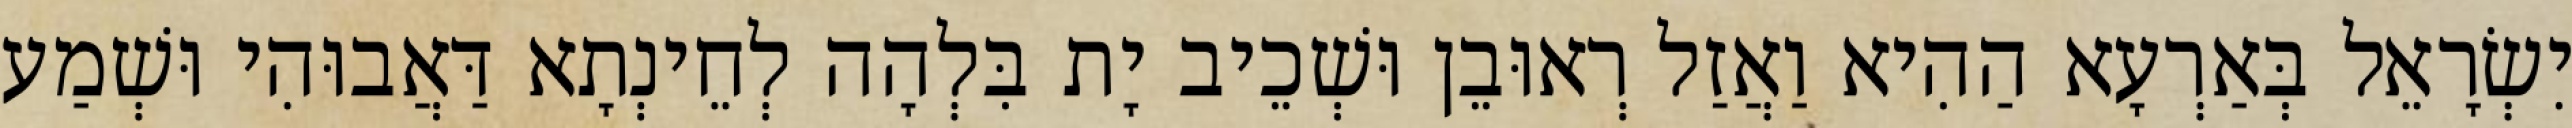
יִשְׂרָאֵל בְּאַרְעָא הַהִיא וַאֲזַל רְאוּבֵן וּשְׁכֵיב יָת בִּלְהָה לְחֵינְתָא דַּאֲבוּהִי וּשְׁמַע